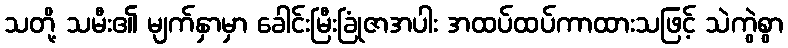
သတို့ သမီး၏ မျက်နှာမှာ ခေါင်းမြီးခြုံဇာအပါး အထပ်ထပ်ကာထားသဖြင့် သဲကွဲစွာ